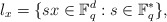
\begin{align*}\l_x=\{sx\in \mathbb F_q^d: s\in \mathbb F_q^*\},\end{align*}